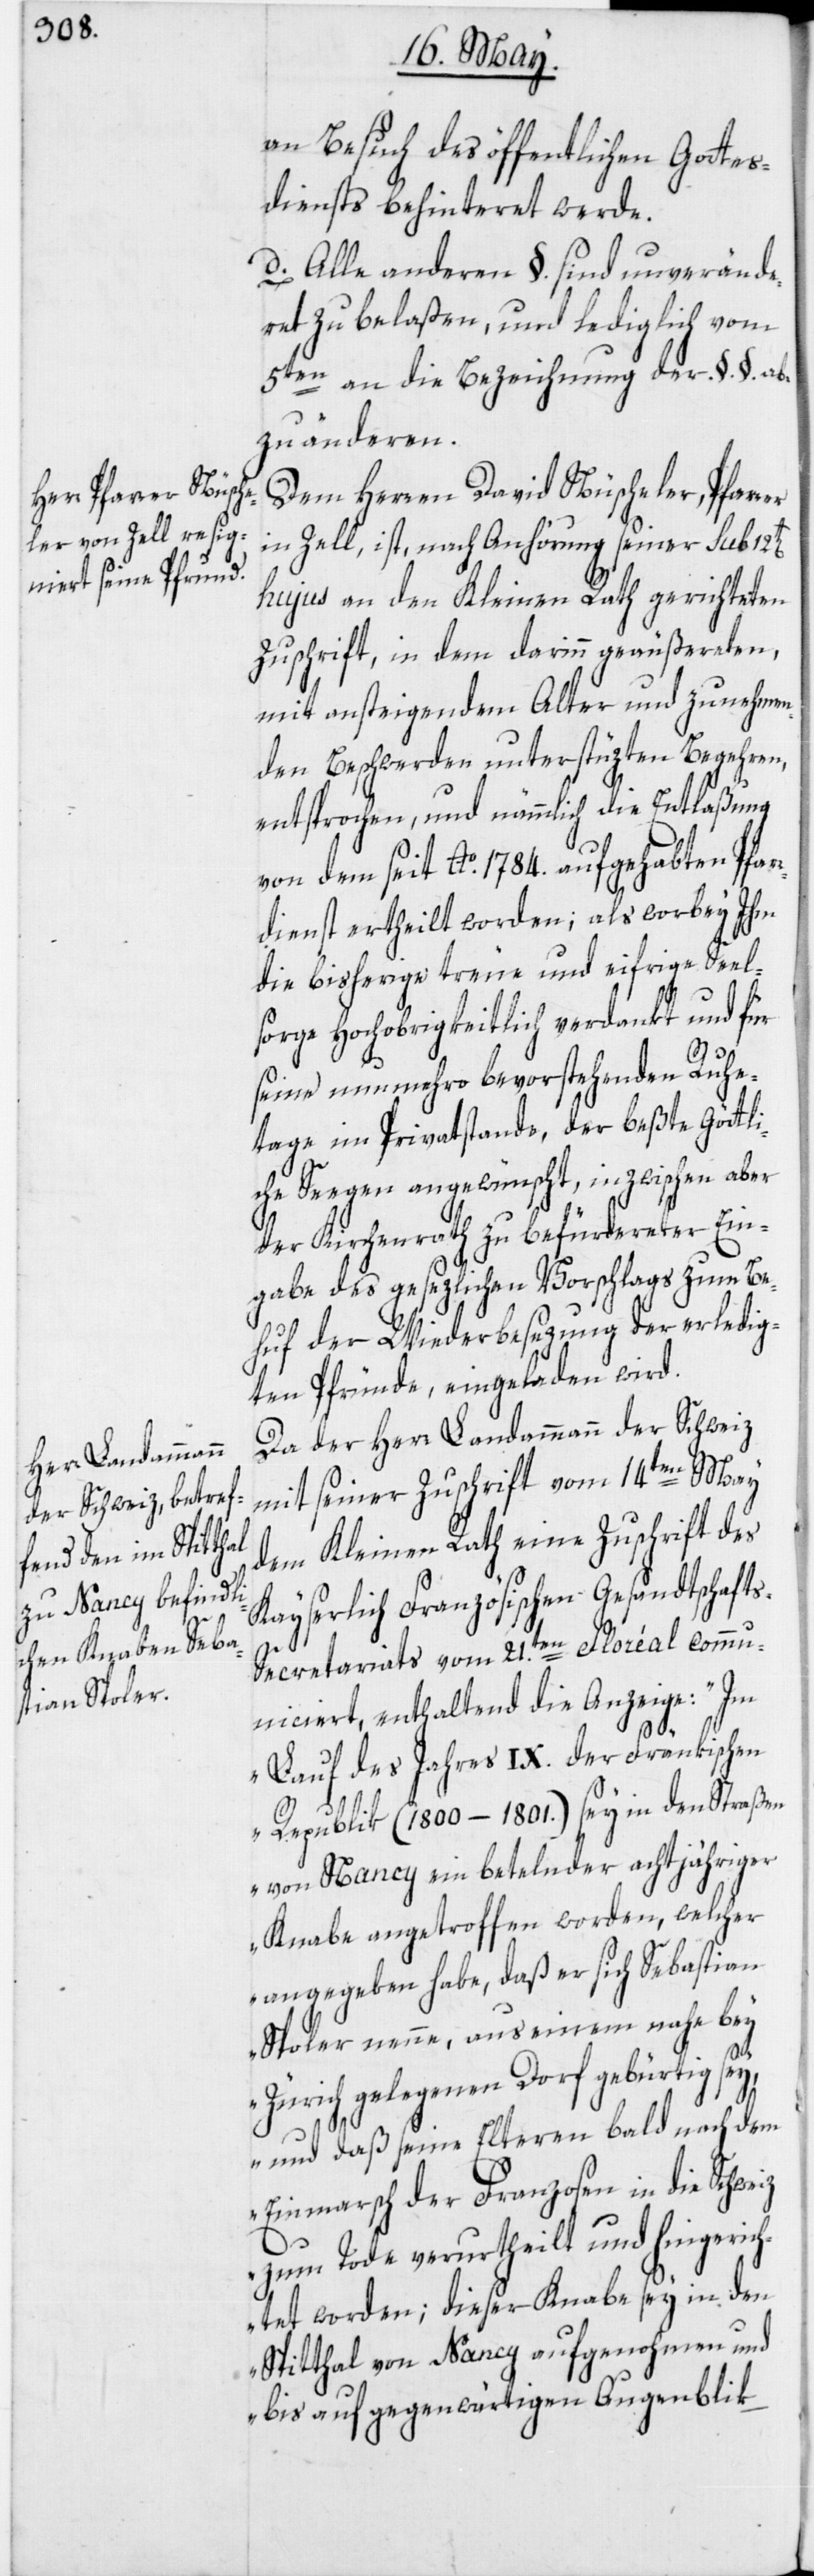
an Besuch des öffentlichen Gottes¬
diensts behinteret werde.
d. Alle anderen §. sind unverände¬
ret zu belaßen, und lediglich vom
5ten an die Bezeichnung der §.§. ab¬
zuänderen.
Dem Herren David Nüscheler, Pfarrer
in Zell, ist, nach Anhörung seiner sub
hujus an den Kleinen Rath gerichteten
Zuschrift, in dem darinn geäußereten,
mit ansteigendem Alter und zunehmen¬
den Beschwerden unterstüzten Begehren,
entsprochen, und nämmlich die Entlaßung
von dem seit Ao. 1784. aufgehabten Pfar¬
rdienst ertheilt worden; als worbey Ihm
die bisherige treue und eifrige Seel¬
sorge Hochobrigkeitlich verdankt und für
seine nunmehro bevorstehenden Ruhe¬
tage im Privatstande, der beßte göttli¬
che Seegen angewünscht, inzwischen aber
der Kirchenrath zu befürdereter Ein¬
gabe des gesezlichen Vorschlags zum Be¬
huf der Wiederbesezung der erledig¬
ten Pfründe, eingeladen wird.
Da der Herr Landammann der Schweiz
mit seiner Zuschrift vom 14ten May
dem Kleinen Rath eine Zuschrift des
Kayserlich Französischen Gesandtschaft¬
s-Secretariats vom 21.ten Floréal comm¬
uniciert, enthaltend die Anzeige: „Im
Lauf des Jahres IX. der Fränkischen
Republik (1800–1801.) sey in den Straßen
von Nancy ein betelnder achtjähriger
Knabe angetroffen worden, welcher
angegeben habe, daß er sich Sebastian
Spoler nenne, aus einem nahe bey
Zürich gelegenen Dorf gebürtig sey,
und daß seine Elteren bald nach dem
Einmarsch der Franzosen in die Schweiz
zum Tode verurtheilt und hingeric¬
htet worden; dieser Knabe sey in den
Spitthal von Nancy aufgenohmen und
bis auf gegenwärtigen Augenblik